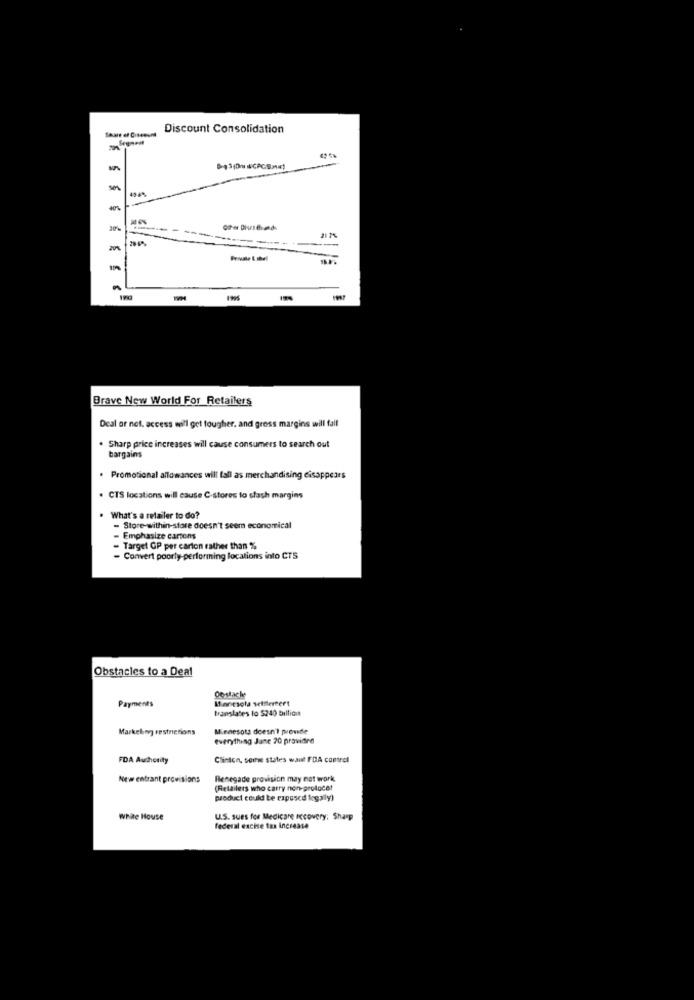
Discount Consolidation
-
Private Label
Brave New World For Retailers
Deal or net. access well get tougher, and gross margins will fall
Sharp price increases will cause consumers to search out
bargains
. Promotional allowances will fall as merchandising disappears
. CTS locations will cause C-stores to slash margins
What's a retailer to do?
- Store-within-store doesn't seem economical
Emphasize cartons
- Target OP per carton rather than %
- Convert poorly-performing locations into CTS
Obstacles to a Deal
Dostacke
Moresola setilereert
Payments
translates to 5240 billion
Markeling restrictions
Minnesota doesn't provide
everything June 20 pravidre
FDA Authority
Clinton, some states want FDA control
New entrant provisions
Renegade provision may not work
(Retailers who carry non-proloco!
product could be exposed legally)
White House
U.S. sues for Medicare recovery; Sharp
federal excise tax increase